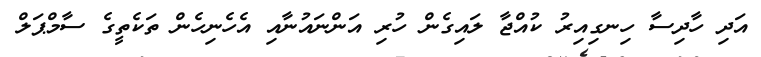
އަދި ހާދިސާ ހިނގިއިރު ކުއްޖާ ލައިގެން ހުރި އަންނައުނާއި އެހެނިހެން ތަކެތީގެ ސާމްޕަލް